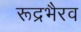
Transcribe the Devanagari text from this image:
रूद्रभैरव